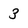
Character: 3